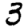
Digit: 3